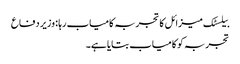
بیلسٹک میزائل کا تجربہ کامیاب رہا : وزیر دفاع
تجربہ کو کامیاب بتایا ہے۔